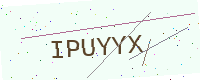
Text: IPUYYX